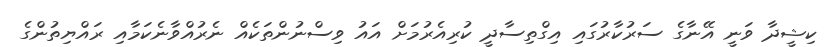
ކިޝީދާ ވަނީ އޭނާގެ ސަރުކާރުގައި އިގްތިސާދީ ކުރިއެރުމަށް އައު ވިސްނުންތަކެއް ނެރުއްވާނެކަމާއި ރައްޔިތުންގެ